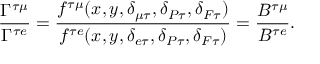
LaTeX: \frac { \Gamma ^ { \tau \mu } } { \Gamma ^ { \tau e } } = \frac { f ^ { \tau \mu } ( x , y , \delta _ { \mu \tau } , \delta _ { P \tau } , \delta _ { F \tau } ) } { f ^ { \tau e } ( x , y , \delta _ { e \tau } , \delta _ { P \tau } , \delta _ { F \tau } ) } = \frac { B ^ { \tau \mu } } { B ^ { \tau e } } .